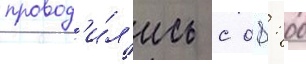
провод'и́л'ись с 08: 00